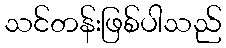
သင်တန်းဖြစ်ပါသည်